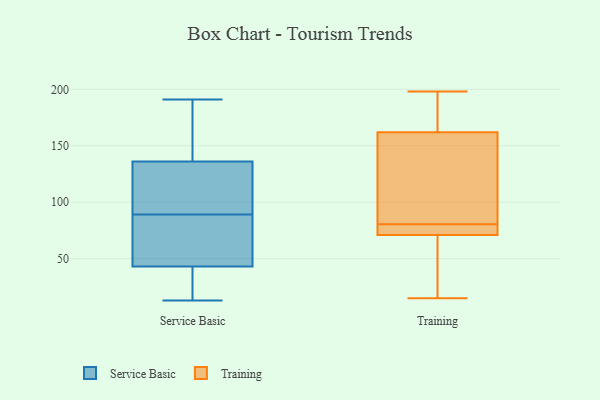
{"axis": {"x": "Population (Million)", "y": "Value"}, "legend": ["Service Basic", "Training"], "data": [{"x": "", "y": 130, "type": "Service Basic"}, {"x": "", "y": 49, "type": "Service Basic"}, {"x": "", "y": 29, "type": "Service Basic"}, {"x": "", "y": 102, "type": "Service Basic"}, {"x": "", "y": 136, "type": "Service Basic"}, {"x": "", "y": 26, "type": "Service Basic"}, {"x": "", "y": 115, "type": "Service Basic"}, {"x": "", "y": 188, "type": "Service Basic"}, {"x": "", "y": 43, "type": "Service Basic"}, {"x": "", "y": 71, "type": "Service Basic"}, {"x": "", "y": 59, "type": "Service Basic"}, {"x": "", "y": 191, "type": "Service Basic"}, {"x": "", "y": 175, "type": "Service Basic"}, {"x": "", "y": 134, "type": "Service Basic"}, {"x": "", "y": 13, "type": "Service Basic"}, {"x": "", "y": 168, "type": "Service Basic"}, {"x": "", "y": 37, "type": "Service Basic"}, {"x": "", "y": 76, "type": "Service Basic"}, {"x": "", "y": 198, "type": "Training"}, {"x": "", "y": 61, "type": "Training"}, {"x": "", "y": 15, "type": "Training"}, {"x": "", "y": 161, "type": "Training"}, {"x": "", "y": 131, "type": "Training"}, {"x": "", "y": 71, "type": "Training"}, {"x": "", "y": 74, "type": "Training"}, {"x": "", "y": 83, "type": "Training"}, {"x": "", "y": 78, "type": "Training"}, {"x": "", "y": 163, "type": "Training"}, {"x": "", "y": 162, "type": "Training"}, {"x": "", "y": 53, "type": "Training"}, {"x": "", "y": 71, "type": "Training"}, {"x": "", "y": 192, "type": "Training"}]}